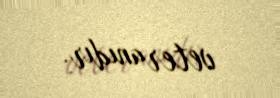
veteranıdır.